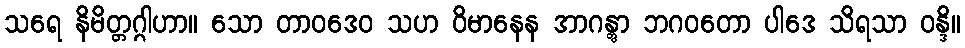
သရေ နိမိတ္တဂ္ဂါဟာ။ သော တာဝဒေဝ သဟ ဝိမာနေန အာဂန္တွာ ဘဂဝတော ပါဒေ သိရသာ ဝန္ဒိ။